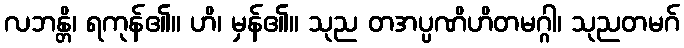
လဘန္တိ၊ ရကုန်၏။ ဟိ၊ မှန်၏။ သုည တအပ္ပဏိဟိတမဂ္ဂါ၊ သုညတမဂ်